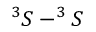
^ { 3 } S - ^ { 3 } S